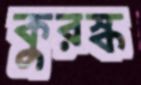
কুরস্ক